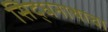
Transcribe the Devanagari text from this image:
सिद्धनाथाचा